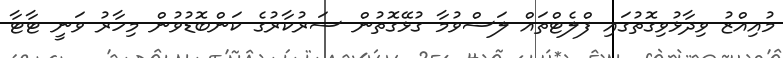
މުއިއްޒު ވިދާޅުވިގޮތުގައި ފްލެޓްތައް ލަސްވުމާ ގުޅޭގޮތުން ސަރުކާރުގެ ކަންބޮޑުވުން މިހާރު ވަނީ ޓާޓާ